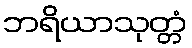
ဘရိယာသုတ္တံ